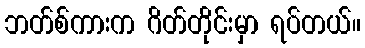
ဘတ်စ်ကားက ဂိတ်တိုင်းမှာ ရပ်တယ်။